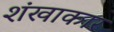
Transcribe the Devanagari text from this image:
शंखाकार